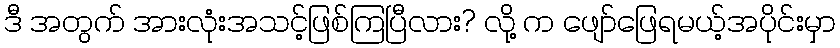
ဒီ အတွက် အားလုံးအသင့်ဖြစ်ကြပြီလား? လို့ က ဖျော်ဖြေရမယ့်အပိုင်းမှာ